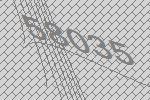
58035